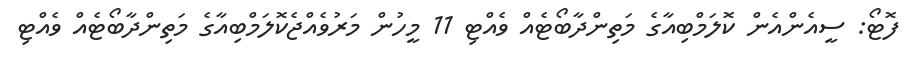
ފޮޓޯ: ސީއެންއެން ކޮލަމްބިއާގެ މަތިންދާބޯޓެއް ވެއްޓި 11 މީހުން މަރުވެއްޖެކޮލަމްބިއާގެ މަތިންދާބޯޓެއް ވެއްޓި